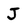
Character: J